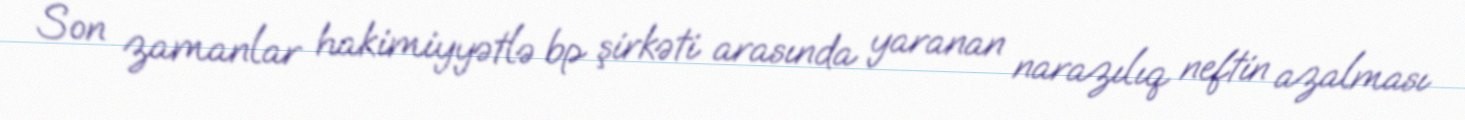
Son zamanlar hakimiyyətlə bp şirkəti arasında yaranan narazılıq neftin azalması